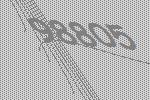
98805